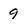
Character: 9